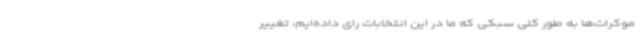
موکرات‌ها به طور کلی سبکی که ما در این انتخابات رای داده‌ایم، تغییر